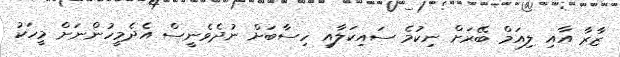
ޒާރާ އާއި ލިއަމް ބޭރަށް ނިކުމެ ސައިކަލާއި ހިސާބަށް ނުދެވެނީސް އެދެމީހުންނަށް މީހަކު